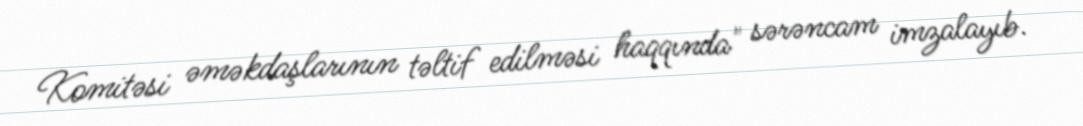
Komitəsi əməkdaşlarının təltif edilməsi haqqında" sərəncam imzalayıb.